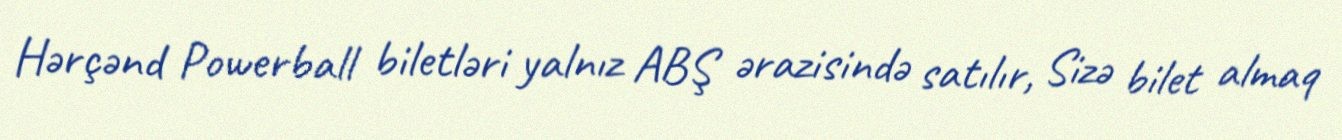
Hərçənd Powerball biletləri yalnız ABŞ ərazisində satılır, Sizə bilet almaq